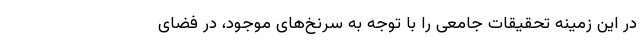
در این زمینه تحقیقات جامعی را با توجه به سرنخ‌های موجود، در فضای